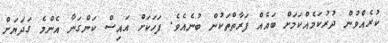
ކުރެއްވުން ދުރުކަމެއްކަމަށް ބައެއް ފަރާތްތަކުން ބުނެއެވެ. ފަހަކަށް އައިސް ކަންގަނާ އެންމެ ގަދަޔަށް